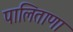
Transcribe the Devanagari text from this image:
पालिताणा